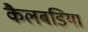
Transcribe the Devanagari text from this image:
कैलबडिया